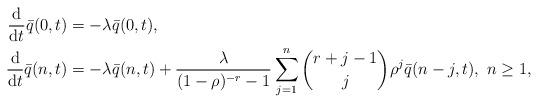
LaTeX: \begin{align*}\begin{aligned}\frac{\mathrm{d}}{\mathrm{d}t}\bar{q}(0,t)&=-\lambda \bar{q}(0,t),\\\frac{\mathrm{d}}{\mathrm{d}t}\bar{q}(n,t)&=-\lambda \bar{q}(n,t)+\frac{\lambda}{(1-\rho)^{-r}-1}\sum_{j=1}^{n}\binom{r+j-1}{j}\rho^{j}\bar{q}(n-j,t),\ n\ge 1,\end{aligned}\end{align*}